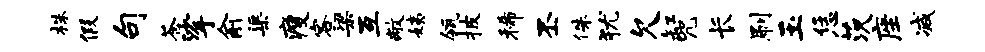
株假句苍挲俞渠瘦客梁互敝姨瓴披稀丕侏犹欠缸咒长刷玉恁茨座减